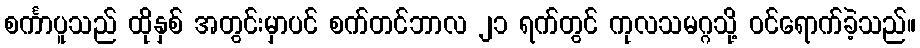
စင်္ကာပူသည် ထိုနှစ် အတွင်းမှာပင် စက်တင်ဘာလ ၂၁ ရက်တွင် ကုလသမဂ္ဂသို့ ဝင်ရောက်ခဲ့သည်။